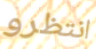
انتظرو